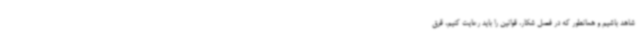
شاهد باشیم و همانطور که در فصل شکار، قوانین را باید رعایت کنیم، قرق